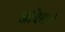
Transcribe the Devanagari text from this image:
अबिसार